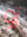
زو